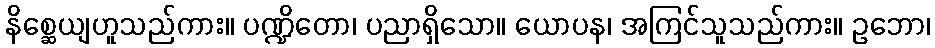
နိစ္ဆေယျဟူသည်ကား။ ပဏ္ဍိတော၊ ပညာရှိသော။ ယောပန၊ အကြင်သူသည်ကား။ ဥဘော၊